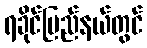
ရခိုင်ပြည်နယ်တွင်